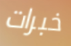
خبرات